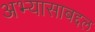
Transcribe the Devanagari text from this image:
अभ्यासाबद्दल